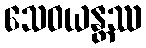
သေဝယန္တဿ